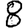
Digit: 8